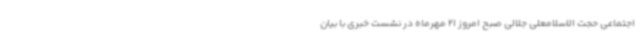
اجتماعی حجت الاسلامعلی جلالی صبح امروز 21 مهرماه در نشست خبری با بیان